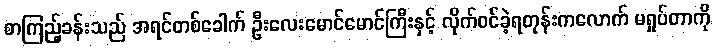
စာကြည့်ခန်းသည် အရင်တစ်ခေါက် ဦးလေးမောင်မောင်ကြီးနှင့် လိုက်ဝင်ခဲ့ရတုန်းကလောက် မရှုပ်တာကို